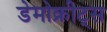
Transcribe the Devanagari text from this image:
डेमोक्रीट्स